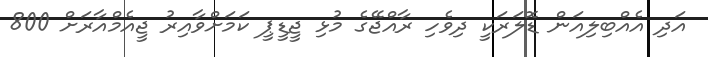
އަދި އެއްބިލިއަން ޑޮލަރަކީ ދިވެހި ރާއްޖޭގެ މުޅި ޖީޑީޕީ ކަމަށްވާއިރު ޖީއެމްއާރަށް 800